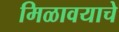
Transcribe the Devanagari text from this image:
मिळावयाचे